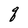
Character: q